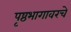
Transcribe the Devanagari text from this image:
पृष्ठभागावरचे